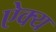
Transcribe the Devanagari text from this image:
ऐक्‍य